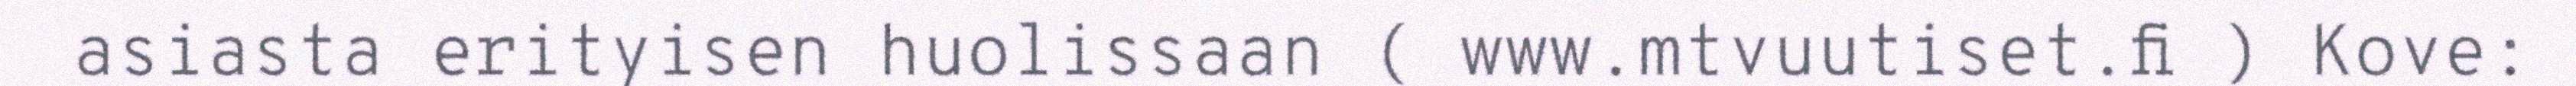
asiasta erityisen huolissaan ( www.mtvuutiset.fi ) Kove: